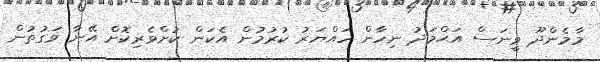
މާމެންދޫ ވީނަސް އަޙްމަދު ނިހާން ހައްޔަރު ކުރުމުން އެކަން ކުށްވެރިކޮށް އޭނާ ވަގުތުން